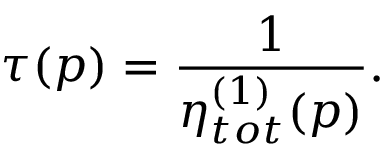
\tau ( p ) = { \frac { 1 } { \eta _ { t o t } ^ { ( 1 ) } ( p ) } } .